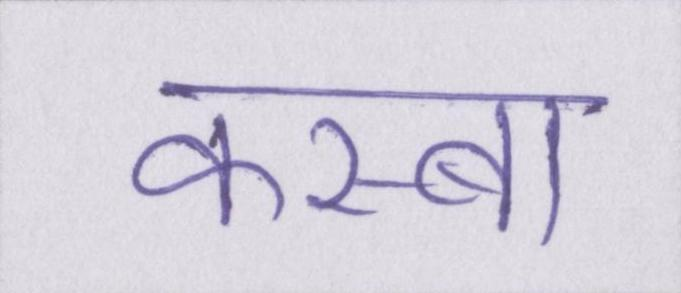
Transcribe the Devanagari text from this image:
कस्बा